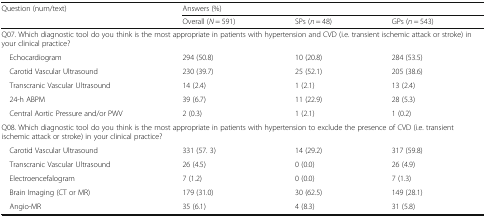
<table><thead><tr><td><b>Question (num/text)</b></td><td colspan="3"><b>Answers (%)</b></td></tr><tr><td></td><td><b>Overall (<i>N</i> = 591)</b></td><td><b>SPs (<i>n</i> = 48)</b></td><td><b>GPs (<i>n</i> = 543)</b></td></tr></thead><tbody><tr><td colspan="4">Q07. Which diagnostic tool do you think is the most appropriate in patients with hypertension and CVD (i.e. transient ischemic attack or stroke) in your clinical practice?</td></tr><tr><td> Echocardiogram</td><td>294 (50.8)</td><td>10 (20.8)</td><td>284 (53.5)</td></tr><tr><td> Carotid Vascular Ultrasound</td><td>230 (39.7)</td><td>25 (52.1)</td><td>205 (38.6)</td></tr><tr><td> Transcranic Vascular Ultrasound</td><td>14 (2.4)</td><td>1 (2.1)</td><td>13 (2.4)</td></tr><tr><td> 24-h ABPM</td><td>39 (6.7)</td><td>11 (22.9)</td><td>28 (5.3)</td></tr><tr><td> Central Aortic Pressure and/or PWV</td><td>2 (0.3)</td><td>1 (2.1)</td><td>1 (0.2)</td></tr><tr><td colspan="4">Q08. Which diagnostic tool do you think is the most appropriate in patients with hypertension to exclude the presence of CVD (i.e. transient ischemic attack or stroke) in your clinical practice?</td></tr><tr><td> Carotid Vascular Ultrasound</td><td>331 (57. 3)</td><td>14 (29.2)</td><td>317 (59.8)</td></tr><tr><td> Transcranic Vascular Ultrasound</td><td>26 (4.5)</td><td>0 (0.0)</td><td>26 (4.9)</td></tr><tr><td> Electroencefalogram</td><td>7 (1.2)</td><td>0 (0.0)</td><td>7 (1.3)</td></tr><tr><td> Brain Imaging (CT or MR)</td><td>179 (31.0)</td><td>30 (62.5)</td><td>149 (28.1)</td></tr><tr><td> Angio-MR</td><td>35 (6.1)</td><td>4 (8.3)</td><td>31 (5.8)</td></tr></tbody></table>